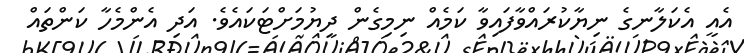
އެއީ އެކަލާނގެ ނިޔާކުރައްވާފައިވާ ކަމެއް ނިމިގެން ދިޔުމަށްޓަކައެވެ. އަދި އެންމެހާ ކަންތައް